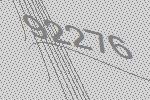
92276